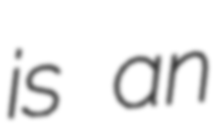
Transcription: is an